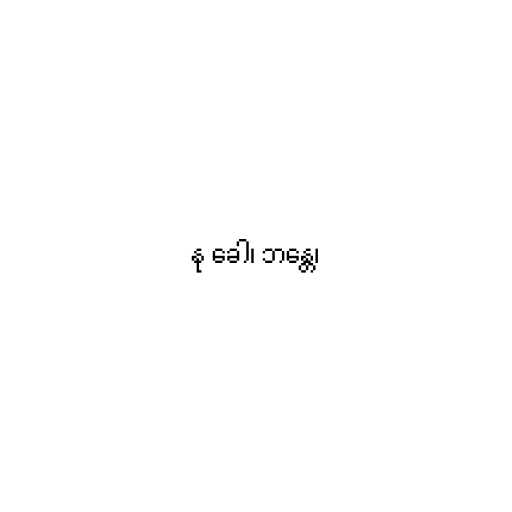
နု ခေါ၊ ဘန္တေ၊